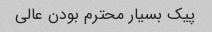
پیک بسیار محترم بودن عالی